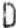
D